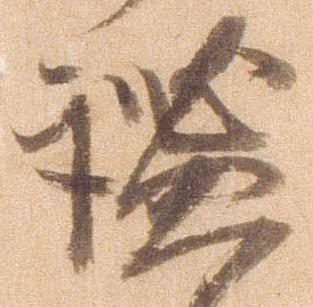
謐